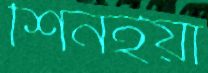
শিনইয়া